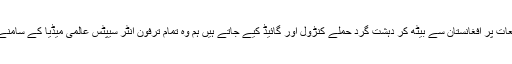
ہمارے سکولوں اور جامعات پر افغانستان سے بیٹھ کر دہشت گرد حملے کنڑول اور گائیڈ کیے جاتے ہیں ہم وہ تمام ترفون انٹر سیپٹس عالمی میڈیا کے سامنے کیوں پیش نہیں کرتے؟